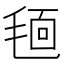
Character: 𣮗